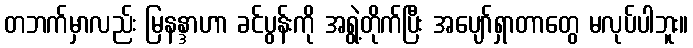
တဘက်မှာလည်း မြနန္ဒာဟာ ခင်ပွန်းကို အရွဲ့တိုက်ပြီး အပျော်ရှာတာတွေ မလုပ်ပါဘူး။